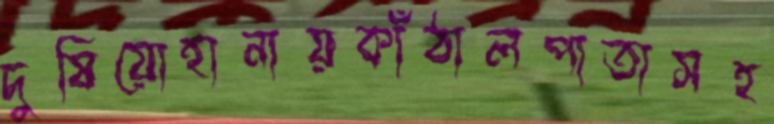
দুষিয়োহানায়কাঁঠালপাতাসহ